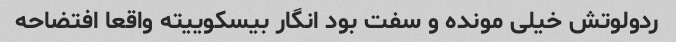
ردولوتش خیلی مونده و سفت بود انگار بیسکوییته واقعا افتضاحه